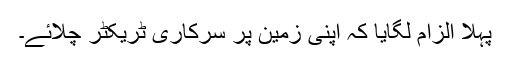
پہلا الزام لگایا کہ اپنی زمین پر سرکاری ٹریکٹر چلائے۔